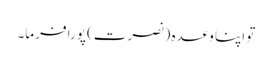
تو اپنا وعدہ (نصرت) پورا فرما۔